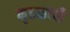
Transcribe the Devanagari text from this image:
मृतकांची